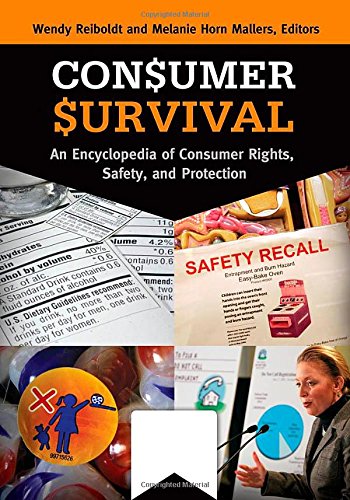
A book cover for Consumer Survival [2 volumes]: An Encyclopedia of Consumer Rights, Safety, and Protection; Law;